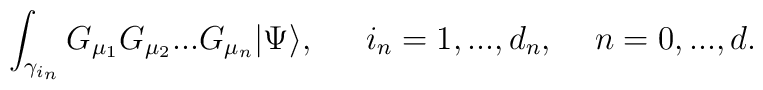
\int_{\gamma_{i_n}} G_{\mu_1}G_{\mu_2}...G_{\mu_n} |\Psi\rangle,\,\,\,\,\,\,\,\,\,i_n=1,...,d_n,\,\,\,\,\,\,\, n=0,...,d.